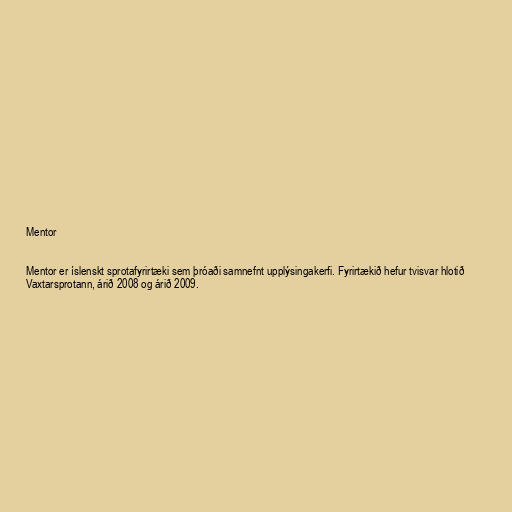
Mentor

Mentor er íslenskt sprotafyrirtæki sem þróaði samnefnt upplýsingakerfi. Fyrirtækið hefur tvisvar hlotið
Vaxtarsprotann, árið 2008 og árið 2009.